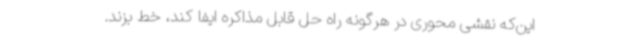
این‌که نقشی محوری در هرگونه راه حل قابل مذاکره‌ ایفا کند، خط بزند.